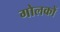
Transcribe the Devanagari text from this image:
गोलकों